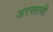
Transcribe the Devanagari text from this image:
अरसात्ची